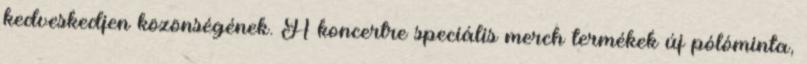
kedveskedjen közönségének. A koncertre speciális merch termékek új pólóminta,